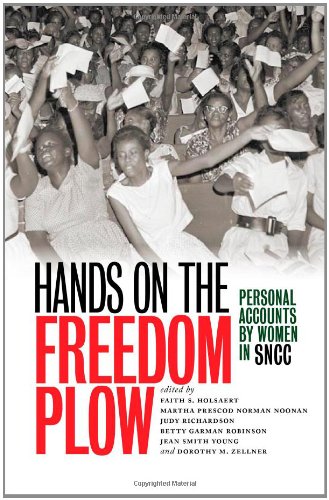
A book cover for Hands on the Freedom Plow: Personal Accounts by Women in SNCC; Gay & Lesbian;